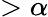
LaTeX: >\alpha